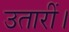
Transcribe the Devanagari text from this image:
उतारीं।